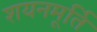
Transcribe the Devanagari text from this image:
शयनमूर्ति